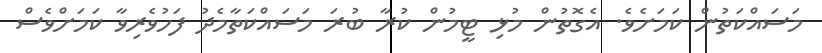
މަސައްކަތުން ކަމަށެވެ. އެގޮތުން މުޅި ޓީމުން ކުރާ ބުރަ މަސައްކަތާމެދު ފަހުވެރިވާ ކަމަށްވެސް